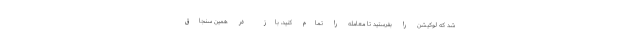
شد که لوکیشن را بفرستید تا معامله را تمام کنید، باز در همین سنجاق